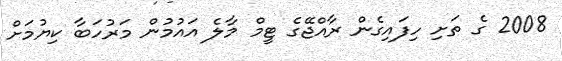
2008 ގެ ތަށި ހިފައިގެން ރާއްޖޭގެ ޓީމް މާލެ އައުމުން މަރުހަބާ ކިޔުމަށް